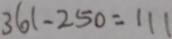
3 6 1 - 2 5 0 = 1 1 1